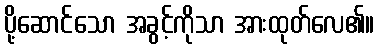
ပို့ဆောင်သော အခွင့်ကိုသာ အားထုတ်လေ၏။